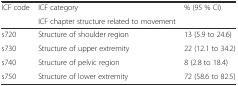
<table><thead><tr><td><b>ICF code</b></td><td><b>ICF category</b></td><td><b>% (95 % CI)</b></td></tr><tr><td></td><td><b>ICF chapter structure related to movement</b></td><td></td></tr></thead><tbody><tr><td>s720</td><td>Structure of shoulder region</td><td>13 (5.9 to 24.6)</td></tr><tr><td>s730</td><td>Structure of upper extremity</td><td>22 (12.1 to 34.2)</td></tr><tr><td>s740</td><td>Structure of pelvic region</td><td>8 (2.8 to 18.4)</td></tr><tr><td>s750</td><td>Structure of lower extremity</td><td>72 (58.6 to 82.5)</td></tr></tbody></table>